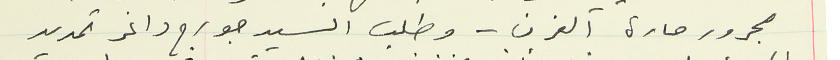
مجرور حارة الفرن – وطلب السيد جورج داغر تحديد